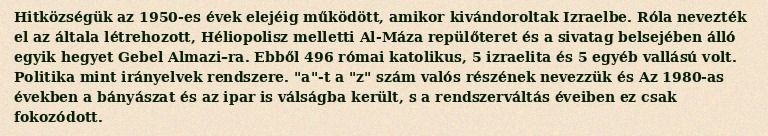
Hitközségük az 1950-es évek elejéig működött, amikor kivándoroltak Izraelbe. Róla nevezték el az általa létrehozott, Héliopolisz melletti Al-Máza repülőteret és a sivatag belsejében álló egyik hegyet Gebel Almazi–ra. Ebből 496 római katolikus, 5 izraelita és 5 egyéb vallású volt. Politika mint irányelvek rendszere. "a"-t a "z" szám valós részének nevezzük és Az 1980-as években a bányászat és az ipar is válságba került, s a rendszerváltás éveiben ez csak fokozódott.